Vaccination North-Western Provinces and Oudh 1878-1895 - 1878-1895
Year: 1878
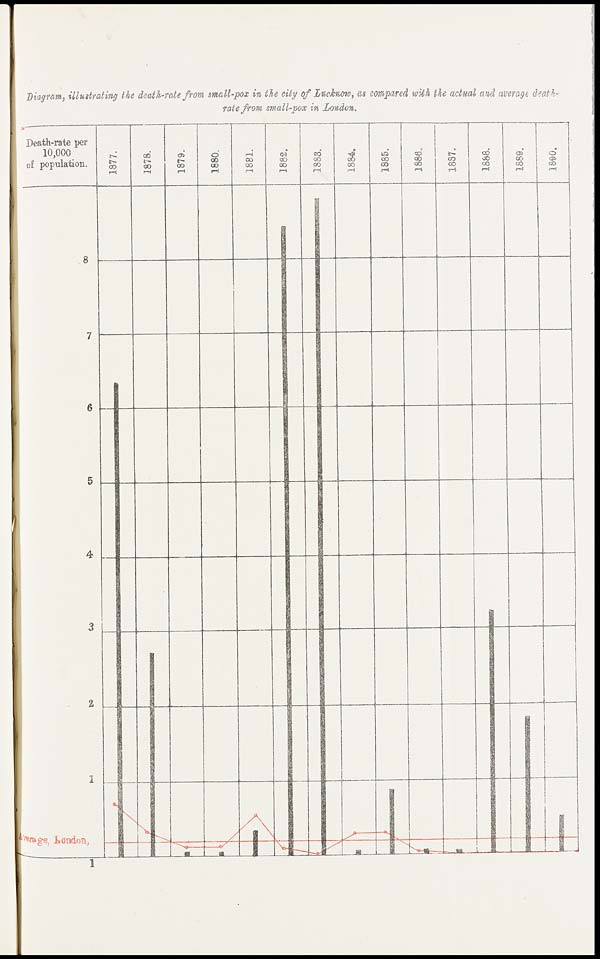
Diagram, illustrating the death-rate from small-pox in the city of Lucknow, as compared with the actual and average death¬
rate from small-pox in London.